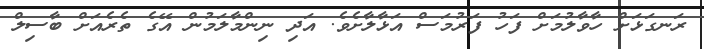
ރަނގަޅަށް ހާވާލުމަށް ފަހު ފަރުމަސް އަޅާލާށެވެ. އަދި ނިންމާލަމުން އޭގެ ތެރެއަށް ބާސިލް